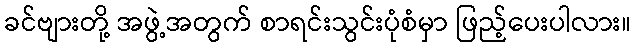
ခင်ဗျားတို့ အဖွဲ့အတွက် စာရင်းသွင်းပုံစံမှာ ဖြည့်ပေးပါလား။